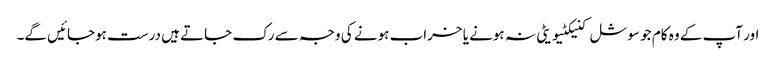
اور آپ کے وہ کام جو سوشل کنیکٹیویٹی نہ ہونے یا خراب ہونے کی وجہ سے رک جاتے ہیں درست ہوجائیں گے۔